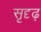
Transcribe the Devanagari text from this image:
सृदृढ़